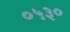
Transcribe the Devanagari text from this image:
०५३०